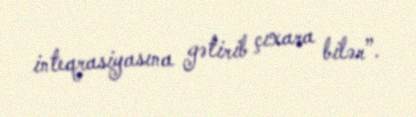
inteqrasiyasına gətirib çıxara bilər”.